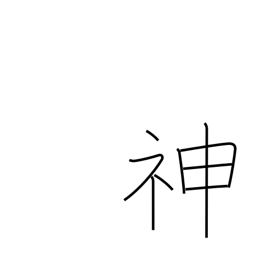
Meaning: gods